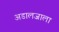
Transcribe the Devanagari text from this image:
अडालजाला